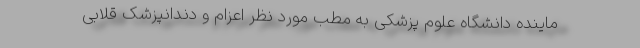
ماینده دانشگاه علوم پزشکی به مطب مورد نظر اعزام و دندانپزشک قلابی